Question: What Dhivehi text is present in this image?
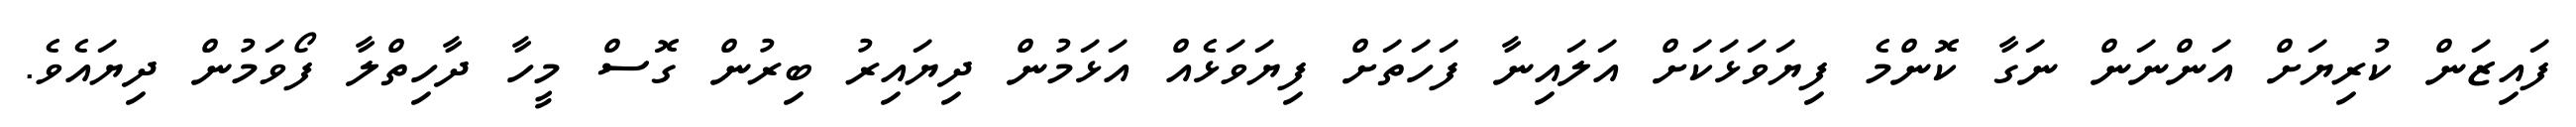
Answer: ފައިޒަން ކުރިޔަށް އަންނަން ނަގާ ކޮންމެ ފިޔަވަޅަކަށް އަލައިނާ ފަހަތަށް ފިޔަވަޅެއް އަޅަމުން ދިޔައިރު ބިރުން ގޮސް މީހާ ދާހިތްލާ ފޯވަމުން ދިޔައެވެ.